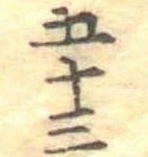
五十三